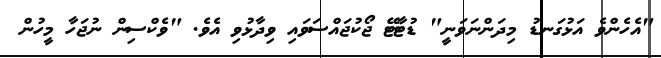
"އެހެންވެ އަޅުގަނޑު މިދަންނަވަނީ" ޑުޓާޓޭ ޖޯކުޖައްސަވައި ވިދާޅުވި އެވެ. "ވެކްސިން ނުޖަހާ މީހުން